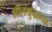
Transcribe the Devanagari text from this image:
शीतयुद्धाचा